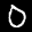
Label: 0